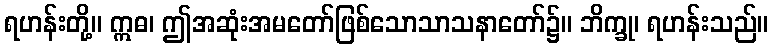
ရဟန်းတို့။ ဣဓ၊ ဤအဆုံးအမတော်ဖြစ်သောသာသနာတော်၌။ ဘိက္ခု၊ ရဟန်းသည်။